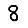
Digit: 8